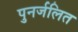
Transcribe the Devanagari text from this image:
पुनर्जलित